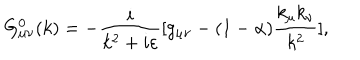
G _ { \mu \nu } ^ { 0 } ( k ) = - { \frac { i } { k ^ { 2 } + i \varepsilon } } [ g _ { \mu \nu } - ( 1 - \alpha ) { \frac { k _ { \mu } k _ { \nu } } { k ^ { 2 } } } ] ,